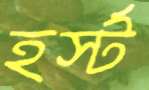
হর্স্ট